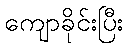
ကျောခိုင်းပြီး